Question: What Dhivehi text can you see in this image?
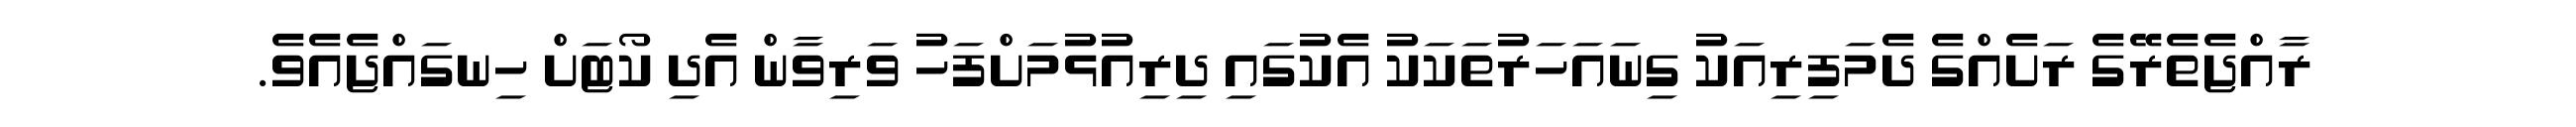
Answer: ރާއްޖެތެރޭގެ ރަށެއްގެ ދެމަފިރިއަކު ގިނައަހަރުތަކަކު އެކުގައި ދިރިއުޅުމަށްފަހު ވަރިވާން އެދި ކޯޓަށް ހިނގައްޖެއެވެ.